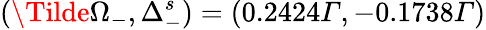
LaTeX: (\Tilde{\Omega}_{-},\Delta_{-}^{s})=(0.2424Γ,-0.1738Γ)